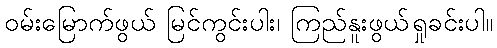
ဝမ်းမြောက်ဖွယ် မြင်ကွင်းပါး၊ ကြည်နူးဖွယ်ရှုခင်းပါ။